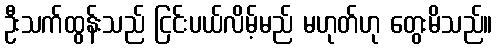
ဦးသက်ထွန်းသည် ငြင်းပယ်လိမ့်မည် မဟုတ်ဟု တွေးမိသည်။